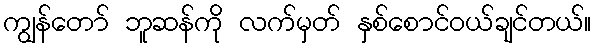
ကျွန်တော် ဘူဆန်ကို လက်မှတ် နှစ်စောင်ဝယ်ချင်တယ်။